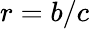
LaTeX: r=b/c